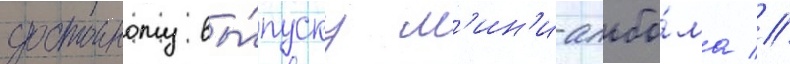
достоиному вы́пуску м'ин'и-альбо́ма //